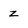
Character: z